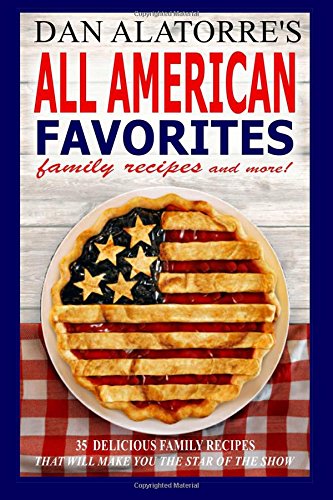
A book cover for All American Favorites: 35 Delicious Family Recipes That Will Make You The Star Of The Show; Dan Alatorre; Cookbooks, Food & Wine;